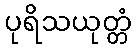
ပုရိသယုတ္တံ